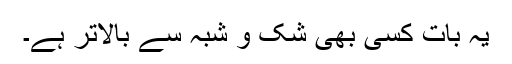
یہ بات کسی بھی شک و شبہ سے بالاتر ہے۔